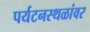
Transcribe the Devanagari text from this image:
पर्यटनस्थळांवर